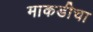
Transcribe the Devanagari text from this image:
माकडीचा